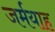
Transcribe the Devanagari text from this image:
जर्मयाह